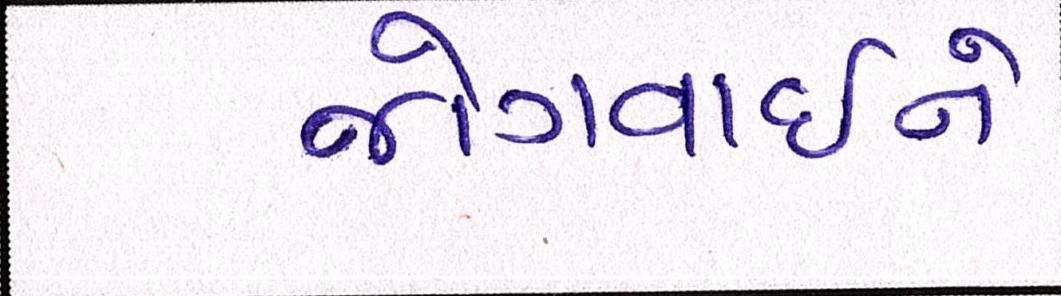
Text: જોગવાઈને